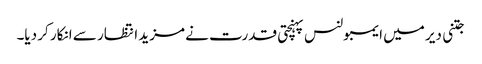
جتنی دیر میں ایمبولنس پہنچتی قدرت نے مزید انتظار سے انکار کر دیا۔